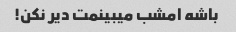
باشه امشب میبینمت دیر نکن!